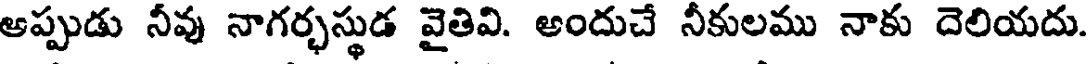
ఆప్పుడు నీవు నాగర్భస్థుడ వైతివి. అందుచే నీకులము నాకు దెలియదు.